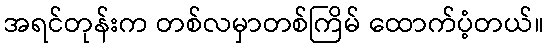
အရင်တုန်းက တစ်လမှာတစ်ကြိမ် ထောက်ပံ့တယ်။